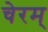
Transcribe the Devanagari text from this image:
चेरम्